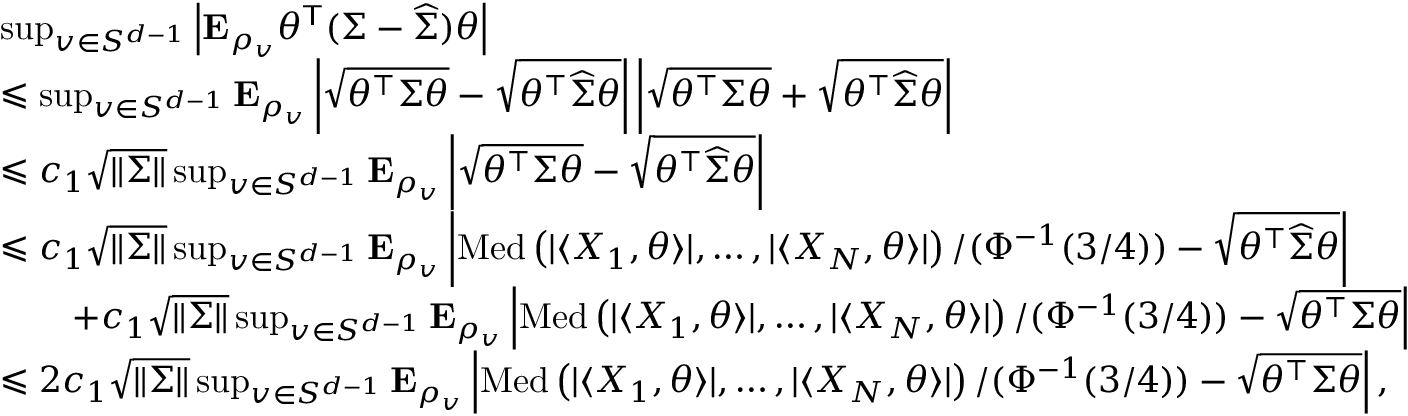
\begin{array} { r l } & { \operatorname* { s u p } _ { v \in S ^ { d - 1 } } \left| { \mathbf E } _ { \rho _ { v } } \theta ^ { \mathsf { T } } ( { \Sigma } - \widehat { \Sigma } ) \theta \right| } \\ & { \leqslant \operatorname* { s u p } _ { v \in S ^ { d - 1 } } { \mathbf E } _ { \rho _ { v } } \left| \sqrt { \theta ^ { \top } { \Sigma } \theta } - \sqrt { \theta ^ { \top } \widehat { \Sigma } \theta } \right| \left| \sqrt { \theta ^ { \top } { \Sigma } \theta } + \sqrt { \theta ^ { \top } \widehat { \Sigma } \theta } \right| } \\ & { \leqslant c _ { 1 } \sqrt { \| \Sigma \| } \operatorname* { s u p } _ { v \in S ^ { d - 1 } } { \mathbf E } _ { \rho _ { v } } \left| \sqrt { \theta ^ { \top } { \Sigma } \theta } - \sqrt { \theta ^ { \top } \widehat { \Sigma } \theta } \right| } \\ & { \leqslant c _ { 1 } \sqrt { \| \Sigma \| } \operatorname* { s u p } _ { v \in S ^ { d - 1 } } { \mathbf E } _ { \rho _ { v } } \left| \operatorname { M e d } \left( | \langle X _ { 1 } , \theta \rangle | , \ldots , | \langle X _ { N } , \theta \rangle | \right) / ( \Phi ^ { - 1 } ( 3 / 4 ) ) - \sqrt { \theta ^ { \top } \widehat { \Sigma } \theta } \right| } \\ & { \qquad + c _ { 1 } \sqrt { \| \Sigma \| } \operatorname* { s u p } _ { v \in S ^ { d - 1 } } { \mathbf E } _ { \rho _ { v } } \left| \operatorname { M e d } \left( | \langle X _ { 1 } , \theta \rangle | , \ldots , | \langle X _ { N } , \theta \rangle | \right) / ( \Phi ^ { - 1 } ( 3 / 4 ) ) - \sqrt { \theta ^ { \top } \Sigma \theta } \right| } \\ & { \leqslant 2 c _ { 1 } \sqrt { \| \Sigma \| } \operatorname* { s u p } _ { v \in S ^ { d - 1 } } { \mathbf E } _ { \rho _ { v } } \left| \operatorname { M e d } \left( | \langle X _ { 1 } , \theta \rangle | , \ldots , | \langle X _ { N } , \theta \rangle | \right) / ( \Phi ^ { - 1 } ( 3 / 4 ) ) - \sqrt { \theta ^ { \top } \Sigma \theta } \right| , } \end{array}